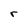
Character: r